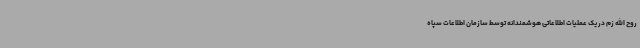
روح الله زم در یک عملیات اطلاعاتی هوشمندانه توسط سازمان اطلاعات سپاه